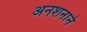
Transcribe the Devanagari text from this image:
अनशनाने